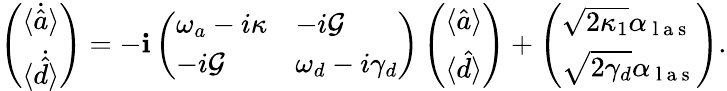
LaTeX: \left(\begin{array}{l}{\langle\dot{\hat{a}}\rangle}\\ {\langle\dot{\hat{d}}\rangle}\end{array}\right)=-\mathbf{i}\left(\begin{array}{ll}{\omega_{a}-i\kappa}&{-i\mathcal{G}}\\ {-i\mathcal{G}}&{\omega_{d}-i\gamma_{d}}\end{array}\right)\left(\begin{array}{l}{\langle{\hat{a}}\rangle}\\ {\langle{\hat{d}}\rangle}\end{array}\right)+\left(\begin{array}{l}{\sqrt{2\kappa_{1}}\alpha_{\mathrm{~l~a~s~}}}\\ {\sqrt{2\gamma_{d}}\alpha_{\mathrm{~l~a~s~}}}\end{array}\right).